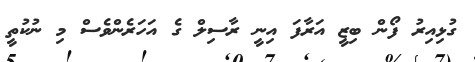
ގުޅިއިރު ފޯން ބިޒީ އަރާފަ އިނީ ރާސިލް ގެ އަހަރެންވެސް މި ނުކުތީ